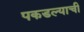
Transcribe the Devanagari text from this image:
पकडल्याची